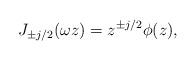
LaTeX: \begin{align*}J_{\pm j/2}(\omega z) = z^{\pm j/2} \phi(z),\end{align*}